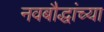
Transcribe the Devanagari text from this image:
नवबौद्धांच्या